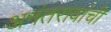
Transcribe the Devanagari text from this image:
अनंतरावांची